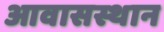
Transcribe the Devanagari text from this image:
आवासस्थान